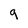
Character: g